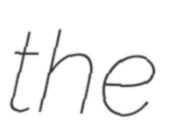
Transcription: the